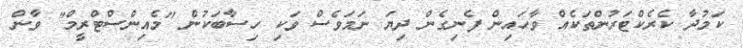
ކަމުދާ ކެރެކްޓަރުންތަކެއް ވާހައިން ފެނިގެން ދިޔަ ނަމަވެސް ވަކި ހިސާބަކުން "މެއިންސްޓްރީމް" ވާން